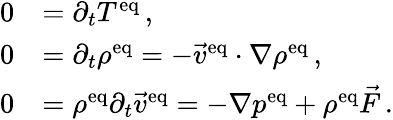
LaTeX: \begin{array}{rl}{0}&{=\partial_{t}T^{\mathrm{eq}}\, ,}\\ {0}&{=\partial_{t}\rho^{\mathrm{eq}}=-\vec{v}^{\mathrm{eq}}\cdot\nabla\rho^{\mathrm{eq}}\, ,}\\ {0}&{=\rho^{\mathrm{eq}}\partial_{t}\vec{v}^{\mathrm{eq}}=-\nabla p^{\mathrm{eq}}+\rho^{\mathrm{eq}}\vec{F}\, .}\end{array}